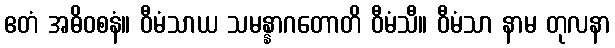
ဧတံ အဓိဝစနံ။ ဝီမံသာယ သမန္နာဂတောတိ ဝီမံသီ။ ဝီမံသာ နာမ တုလနာ